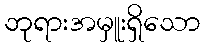
ဘုရားအမှူးရှိသော